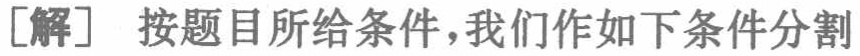
[解] 按题目所给条件，我们作如下条件分割